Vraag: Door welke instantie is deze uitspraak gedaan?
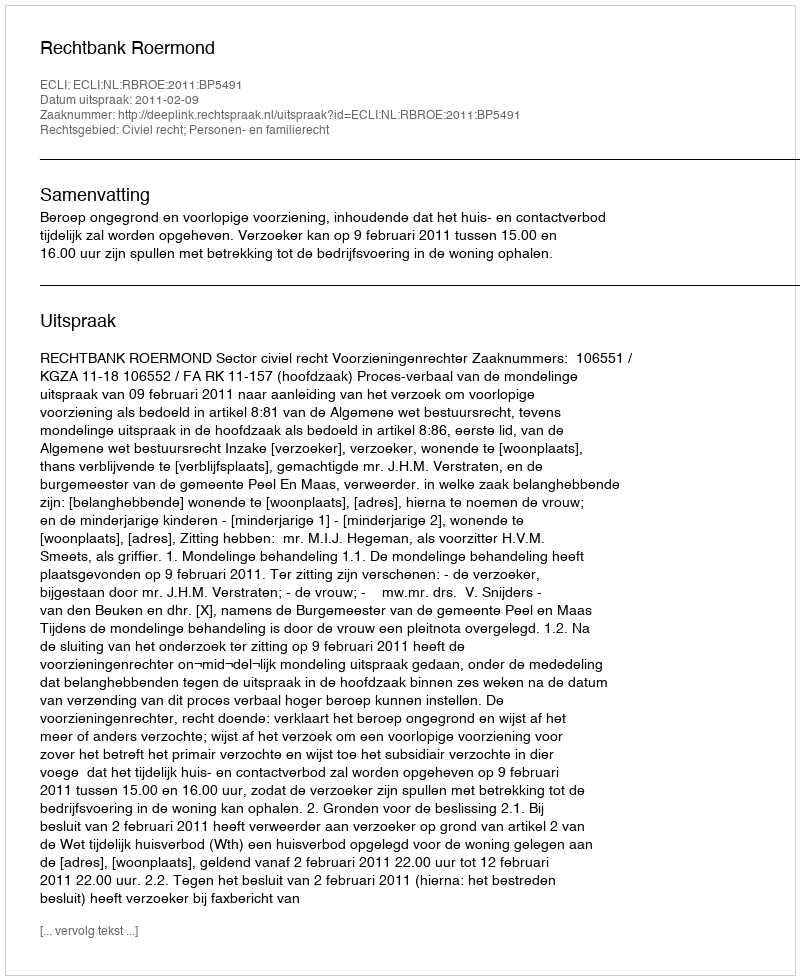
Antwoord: Rechtbank Roermond